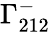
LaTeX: \Gamma_{212}^{-}